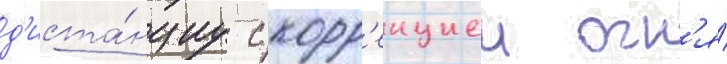
д'иста́нциу с корр'екциеи огн'я́